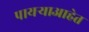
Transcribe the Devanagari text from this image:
पायऱ्याआहेत